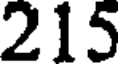
215